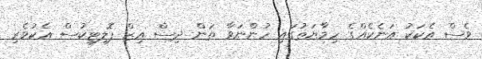
ވެސް އެކަކު އަނެކެއްގެ ހިމާޔަތުގައި ހުންނަވާ ތަން ދިސް އިޒް ޕޮލިޓިކުސް ޢެކުވެރި